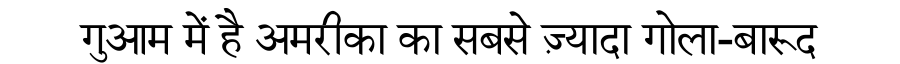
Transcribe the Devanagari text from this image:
गुआम में है अमरीका का सबसे ज़्यादा गोला-बारूद